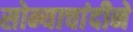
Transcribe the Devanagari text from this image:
सोन्याचांदीने